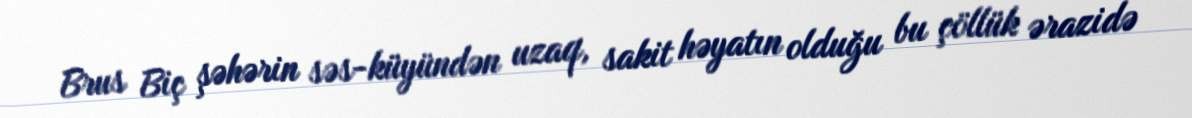
Brus Biç şəhərin səs-küyündən uzaq, sakit həyatın olduğu bu çöllük ərazidə